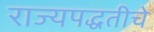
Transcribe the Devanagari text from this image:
राज्यपद्धतीचे